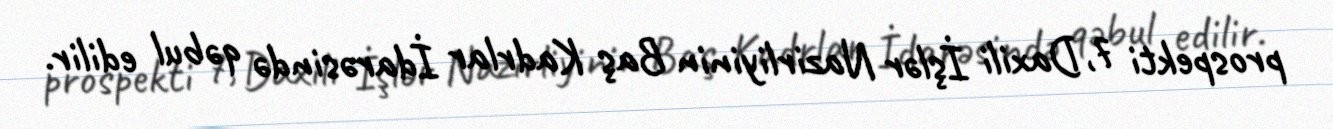
prospekti 7, Daxili İşlər Nazirliyinin Baş Kadrlar İdarəsində qəbul edilir.